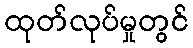
ထုတ်လုပ်မှုတွင်